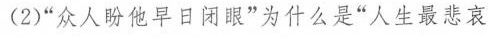
(2)”众人盼他早日闭眼”为什么是”人生最悲哀